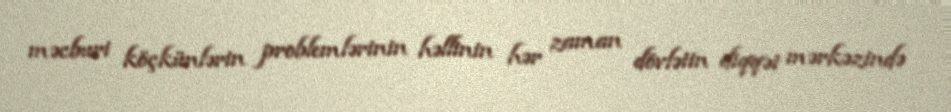
məcburi köçkünlərin problemlərinin həllinin hər zaman dövlətin diqqət mərkəzində